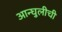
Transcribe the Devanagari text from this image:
आन्घुलीची